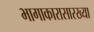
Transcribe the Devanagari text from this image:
भागाकारासारख्या